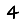
Digit: 4